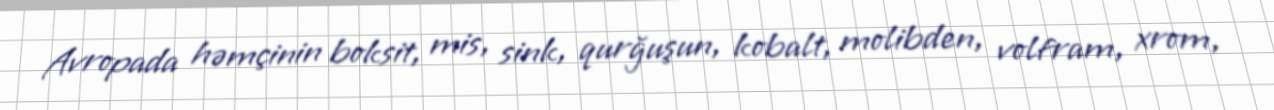
Avropada həmçinin boksit, mis, sink, qurğuşun, kobalt, molibden, volfram, xrom,